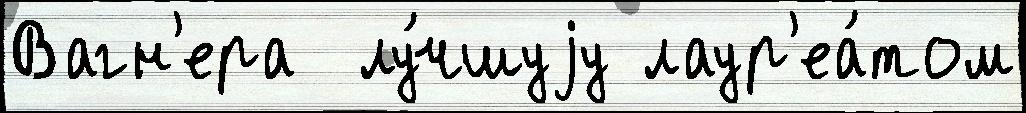
Вагн'ера  лу́чшуjу лаур'еа́том